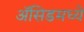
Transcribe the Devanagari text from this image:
ॲसिडमध्ये